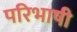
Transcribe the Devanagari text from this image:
परिभाषी